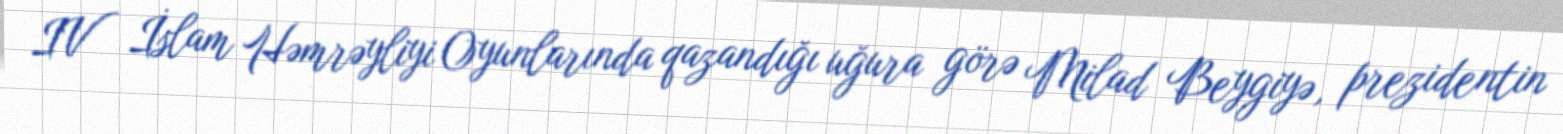
IV İslam Həmrəyliyi Oyunlarında qazandığı uğura görə Milad Beygiyə, prezidentin